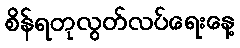
စိန်ရတုလွတ်လပ်ရေးနေ့